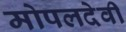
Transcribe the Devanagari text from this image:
मोपलदेवी